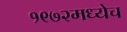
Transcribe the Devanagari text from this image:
१९७२मध्येच